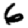
Digit: 6